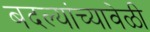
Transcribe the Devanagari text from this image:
बदल्यांच्यावेळी